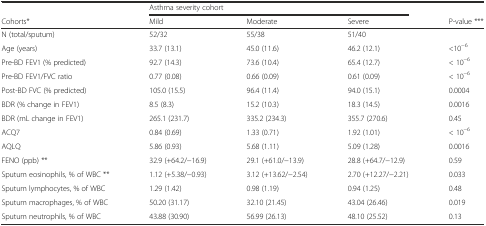
<table><thead><tr><td></td><td colspan="3"><b>Asthma severity cohort</b></td><td></td></tr><tr><td><b>Cohorts*</b></td><td><b>Mild</b></td><td><b>Moderate</b></td><td><b>Severe</b></td><td><b>P-value ***</b></td></tr></thead><tbody><tr><td>N (total/sputum)</td><td>52/32</td><td>55/38</td><td>51/40</td><td></td></tr><tr><td>Age (years)</td><td>33.7 (13.1)</td><td>45.0 (11.6)</td><td>46.2 (12.1)</td><td>&lt;10<sup>−6</sup></td></tr><tr><td>Pre-BD FEV1 (% predicted)</td><td>92.7 (14.3)</td><td>73.6 (10.4)</td><td>65.4 (12.7)</td><td>&lt; 10<sup>−6</sup></td></tr><tr><td>Pre-BD FEV1/FVC ratio</td><td>0.77 (0.08)</td><td>0.66 (0.09)</td><td>0.61 (0.09)</td><td>&lt; 10<sup>−6</sup></td></tr><tr><td>Post-BD FVC (% predicted)</td><td>105.0 (15.5)</td><td>96.4 (11.4)</td><td>94.0 (15.1)</td><td>0.0004</td></tr><tr><td>BDR (% change in FEV1)</td><td>8.5 (8.3)</td><td>15.2 (10.3)</td><td>18.3 (14.5)</td><td>0.0016</td></tr><tr><td>BDR (mL change in FEV1)</td><td>265.1 (231.7)</td><td>335.2 (234.3)</td><td>355.7 (270.6)</td><td>0.45</td></tr><tr><td>ACQ7</td><td>0.84 (0.69)</td><td>1.33 (0.71)</td><td>1.92 (1.01)</td><td>&lt; 10<sup>−6</sup></td></tr><tr><td>AQLQ</td><td>5.86 (0.93)</td><td>5.68 (1.11)</td><td>5.09 (1.28)</td><td>0.0016</td></tr><tr><td>FENO (ppb) **</td><td>32.9 (+64.2/−16.9)</td><td>29.1 (+61.0/−13.9)</td><td>28.8 (+64.7/−12.9)</td><td>0.59</td></tr><tr><td>Sputum eosinophils, % of WBC **</td><td>1.12 (+5.38/−0.93)</td><td>3.12 (+13.62/−2.54)</td><td>2.70 (+12.27/−2.21)</td><td>0.033</td></tr><tr><td>Sputum lymphocytes, % of WBC</td><td>1.29 (1.42)</td><td>0.98 (1.19)</td><td>0.94 (1.25)</td><td>0.48</td></tr><tr><td>Sputum macrophages, % of WBC</td><td>50.20 (31.17)</td><td>32.10 (21.45)</td><td>43.04 (26.46)</td><td>0.019</td></tr><tr><td>Sputum neutrophils, % of WBC</td><td>43.88 (30.90)</td><td>56.99 (26.13)</td><td>48.10 (25.52)</td><td>0.13</td></tr></tbody></table>